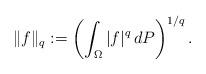
LaTeX: \begin{align*} \| f \|_q := \left( \int_{\Omega} |f|^q \, dP \right)^{1/q}.\end{align*}